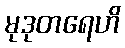
မုဒုတရေဟိ